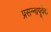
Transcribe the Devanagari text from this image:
प्रसन्नापूर्वक